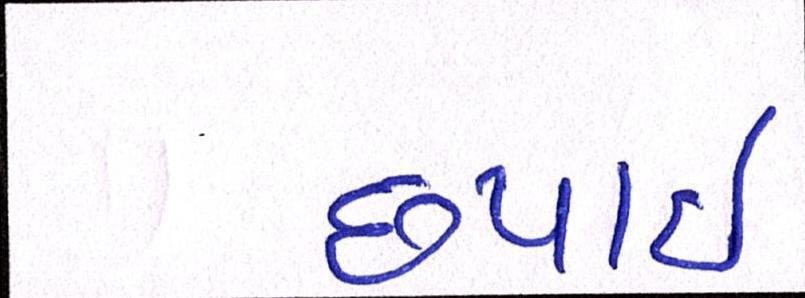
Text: છપાઈ